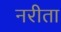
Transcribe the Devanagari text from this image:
नरीता